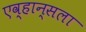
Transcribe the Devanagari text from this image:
एव्हान्सला